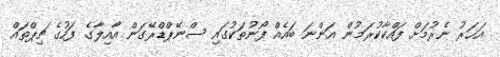
އަހަރު ނެރުމަށް ފައްކާކުރަމުން އަންނަ ބައެއް ފޯނުތަކުގައި ސްނޭޕްޑްރޭގަން އާއިލާގެ ފަހުގެ ޗިޕްތައް